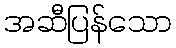
အဆီပြန်သော